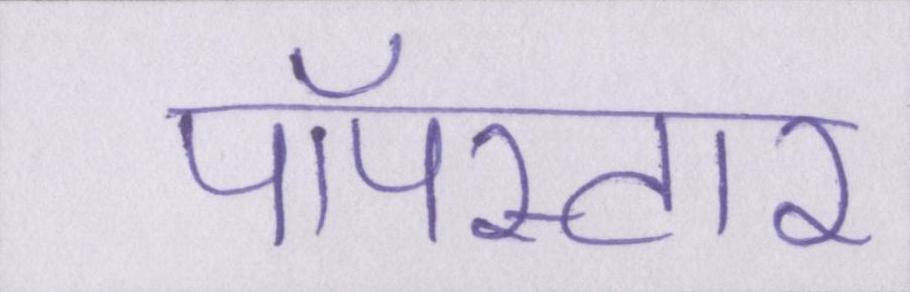
पॉपस्टार